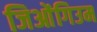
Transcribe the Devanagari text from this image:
जिओंगिउम